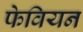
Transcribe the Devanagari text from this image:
फेवियन